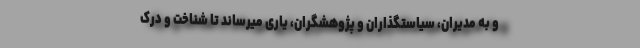
و به مدیران، سیاستگذاران و پژوهشگران، یاری میرساند تا شناخت و درک